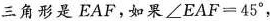
三角形是EAF，如果$$\angle EAF=45^{\circ}$$，